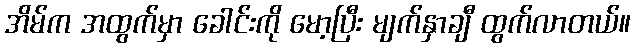
အိမ်က အထွက်မှာ ခေါင်းကို မော့ပြီး မျက်နှာချီ ထွက်လာတယ်။